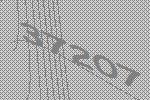
37207